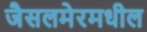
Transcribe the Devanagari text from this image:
जैसलमेरमधील